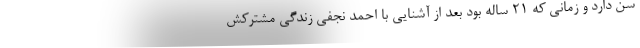
سن دارد و زمانی که 21 ساله بود بعد از آشنایی با احمد نجفی زندگی مشترکش